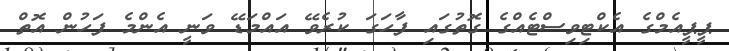
ޕީޕީއެމްގެ އެކްޓިވިސްޓެއްގެ ގޮތުގައި ފާހަގަ ކުރެވޭ އައްމަޑޭ ވަނީ އެންމެ ފަހުން އޮތް